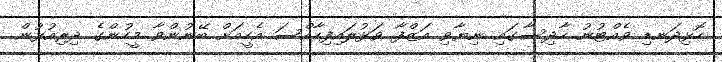
ހޮޅިދަނޑި ވެއްޓުނު ހާދިސާގައި ނިޔާވި އަޒްފާ ވަޅުލައިފިހާއްސަ އެހީއަށް ބޭނުންވާ މީހުންގެ ދިރިއުޅުން